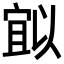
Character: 𭔈